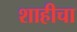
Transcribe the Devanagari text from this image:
शाहीचा